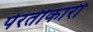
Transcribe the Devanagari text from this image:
पेरतीकारी